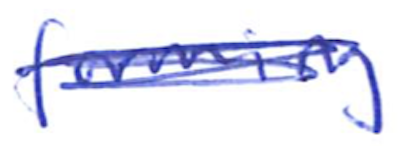
Text: forming
Cross-out: scratch
Writing tool: ballpoint